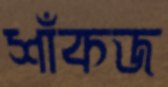
শাঁকজ